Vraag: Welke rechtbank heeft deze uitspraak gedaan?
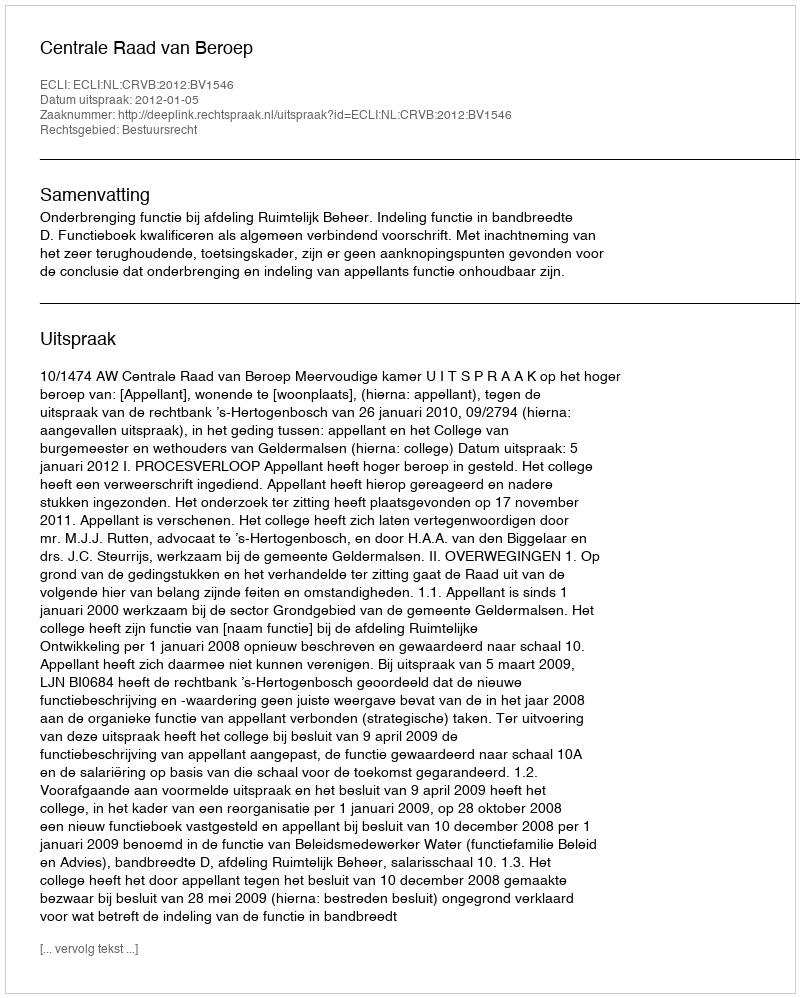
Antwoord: Centrale Raad van Beroep